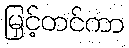
မြှင့်တင်ကာ